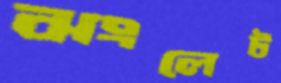
ঝংলেট